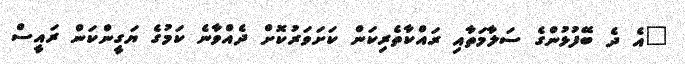
"އެ ދެ ބޭފުޅުންގެ ސަލާމަތާއި ރައްކާތެރިކަން ކަށަވަރުކޮށް ދެއްވާނެ ކަމުގެ ޔަގީންކަން ރައީސް